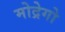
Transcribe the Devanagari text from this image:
मोद्रेगो